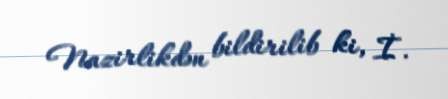
Nazirlikdən bildirilib ki, İ.